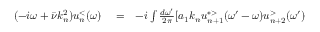
\begin{array} { r l r } { ( - i \omega + \bar { \nu } k _ { n } ^ { 2 } ) u _ { n } ^ { < } ( \omega ) } & { { } = } & { - i \int \frac { d \omega ^ { \prime } } { 2 \pi } [ a _ { 1 } k _ { n } u _ { n + 1 } ^ { * > } ( \omega ^ { \prime } - \omega ) u _ { n + 2 } ^ { > } ( \omega ^ { \prime } ) } \end{array}